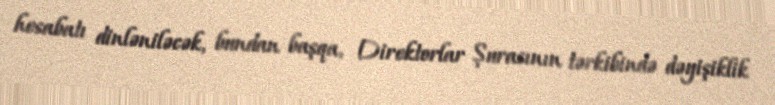
hesabatı dinləniləcək, bundan başqa, Direktorlar Şurasının tərkibində dəyişiklik